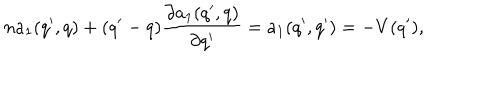
n a _ { 1 } ( q ^ { \prime } , q ) + ( q ^ { \prime } - q ) \frac { \partial a _ { 1 } ( q ^ { \prime } , q ) } { \partial q ^ { \prime } } = a _ { 1 } ( q ^ { \prime } , q ^ { \prime } ) = - V ( q ^ { \prime } ) ,